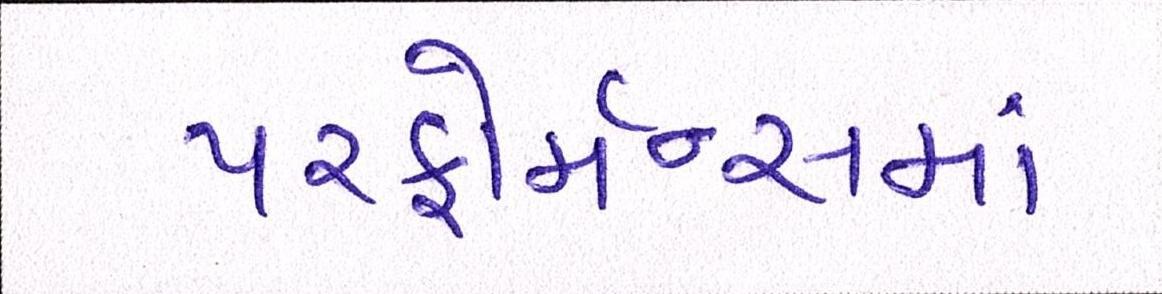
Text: પરફોર્મન્સમાં